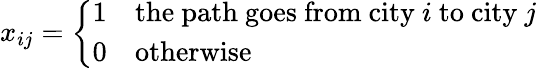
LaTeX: x_{ij}={\left\{ \begin{array}{ll}{1}&{{\mathrm{the~path~goes~from~city~}}i{\mathrm{~to~city~}}j}\\ {0}&{{\mathrm{otherwise}}}\end{array}\right.}